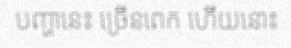
បញ្ហានេះ ច្រើនពេក ហើយនោះ